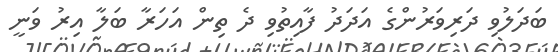
ބަދަލުވި ދަރިވަރުންގެ އަދަދު ފާއިތުވި ދެ ތިން އަހަރާ ބަލާ އިރު ވަނީ